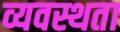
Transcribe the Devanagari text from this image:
व्यवस्थता